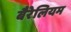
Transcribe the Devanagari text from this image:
बैरेलियम